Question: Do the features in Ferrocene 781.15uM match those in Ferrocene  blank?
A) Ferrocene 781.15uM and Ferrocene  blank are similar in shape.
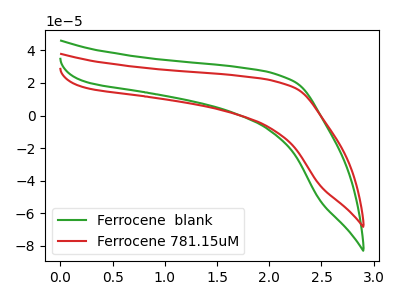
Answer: <think>The green curve "Ferrocene  blank" has no peaks. The red curve "Ferrocene 781.15uM" has no peaks.
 Neither "Ferrocene 781.15uM" or "Ferrocene  blank" have any peaks.</think>
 <answer>A) "Ferrocene 781.15uM" and "Ferrocene  blank" are similar in shape.</answer>
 <eval>A</eval>